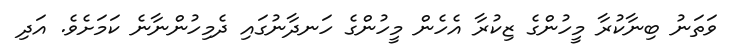
ވަތަނު ބިނާކުރާ މީހުންގެ ޒިކުރާ އެހެން މީހުންގެ ހަނދާނުގައި ދެމިހުންނާނެ ކަމަށެވެ. އަދި